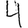
Digit: 4